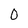
Character: 0